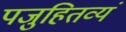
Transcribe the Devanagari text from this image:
पजुहितव्यं